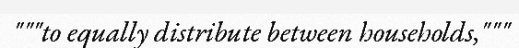
"""to equally distribute between households,"""